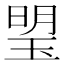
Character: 琞